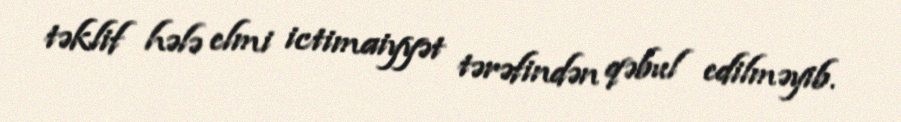
təklif hələ elmi ictimaiyyət tərəfindən qəbul edilməyib.